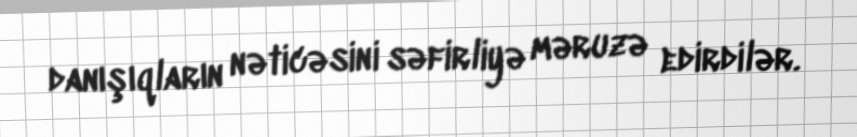
danışıqların nəticəsini səfirliyə məruzə edirdilər.